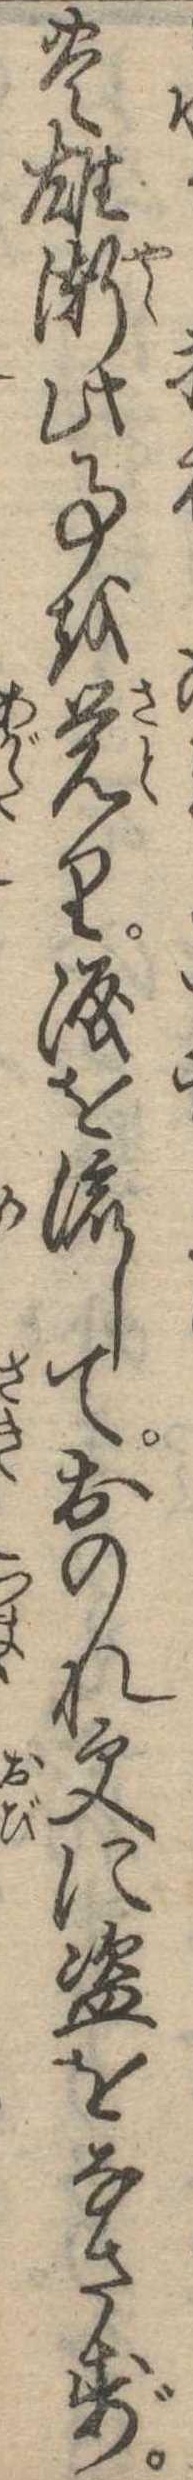
豊雄漸此事を覚り涙を流しておのれ更に盗をなさず